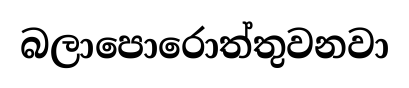
බලාපොරොත්තුවනවා